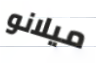
ميلانو